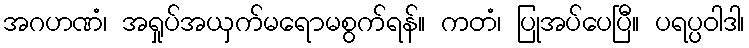
အဂဟဏံ၊ အရှုပ်အယှက်မရောမစွက်ရန်။ ကတံ၊ ပြုအပ်ပေပြီ။ ပရပ္ပဝါဒါ၊